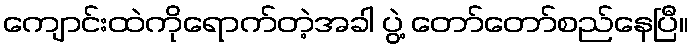
ကျောင်းထဲကိုရောက်တဲ့အခါ ပွဲ့ တော်တော်စည်နေပြီ။